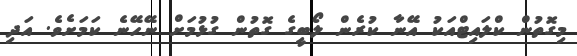
މިގޮތުން ކްލައިޓްއަކު އޭނާ ކުރެން ލޯބީގެ ގޮތުން ގުޅުމަށް ނޭހޭނެ ކަމަށެވެ. އަދި